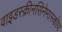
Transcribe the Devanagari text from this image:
वाइडस्क्रीनसिनेमास्कोप